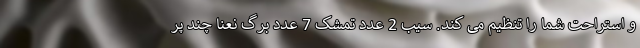
و استراحت شما را تنظیم می کند. سیب 2 عدد تمشک 7 عدد برگ نعنا چند پر